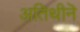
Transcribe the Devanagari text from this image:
अतिथीनॆ